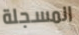
المسجلة